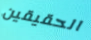
الحقيقين